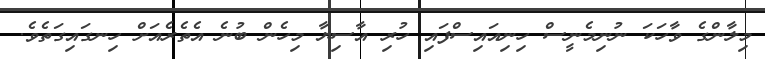
މިލާންގެ ވާހަކަ ނުނިމެނީސް ހިނިއައިސްފައި ހުރި އާސިޔާ މިހެން ބުނެ އެތެރެއަށް ހިނގައިގަތެވެ.